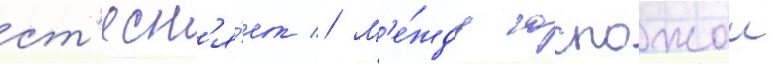
ст'есн'я́ет // М'е́жду госпожои